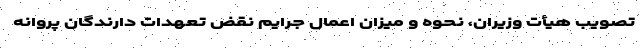
تصویب هیأت وزیران، نحوه و میزان اعمال جرایم نقض تعهدات دارندگان پروانه